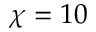
\chi = 1 0